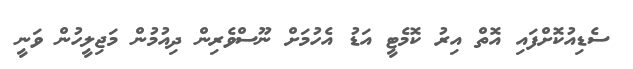
ސެޑިއުކޮށްފައި އޮތް އިރު ކޮމެޓީ އަޑު އެހުމަށް ނޫސްވެރިން ދިއުމުން މަޖިލީހުން ވަނީ